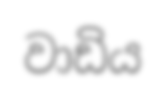
වාඩිය